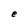
Character: e